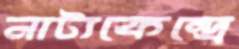
নাট্যকেন্দ্রে